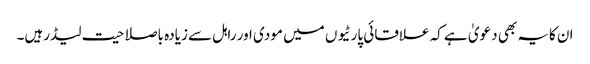
ان کایہ بھی دعویٰ ہے کہ علاقائی پارٹیو ں میں مودی اور راہل سے زیادہ باصلاحیت لیڈرہیں۔